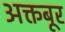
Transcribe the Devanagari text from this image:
अक्तबूर